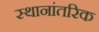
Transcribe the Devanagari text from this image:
स्थानांतरिक